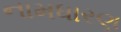
નામધારણ